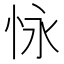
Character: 怺